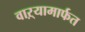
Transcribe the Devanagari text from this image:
वाऱ्यामार्फत